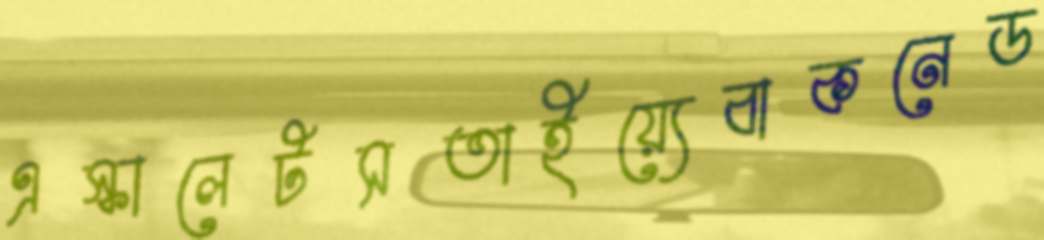
এস্কালেটসতাইয়্যেবাকনেড